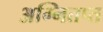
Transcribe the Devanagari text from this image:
अग्नितप्त